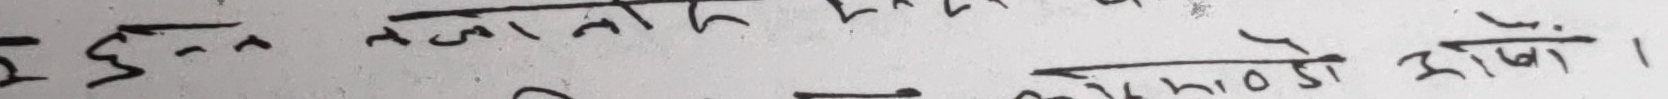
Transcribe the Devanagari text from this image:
इ जातले फर्किएकालाई एकत्र गर्ने
आफ्नो अधिकार हामी लडाउँछौँ ।